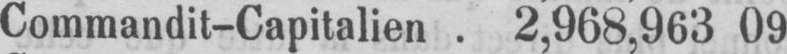
Commandit-Capitalien. 2,968,963 09